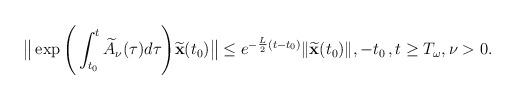
LaTeX: \begin{align*}\big\|\exp\Bigg(\int_{t_0}^t\widetilde{A}_\nu (\tau )d\tau \Bigg)\widetilde{\mathbf{x}}(t_0)\big\|\leq e^{-\frac L2(t-t_0)}\|\widetilde{\mathbf{x}}(t_0)\|,-t_0\,,t\geq T_\omega, \nu>0.\end{align*}